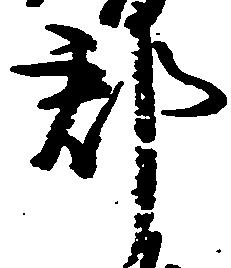
郡